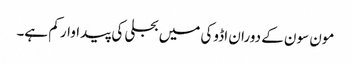
مون سون کے دوران اڈوکی میں بجلی کی پیداوار کم ہے۔